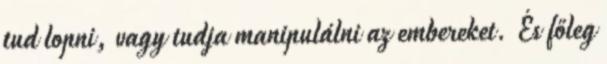
tud lopni, vagy tudja manipulálni az embereket. És főleg